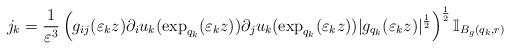
LaTeX: \begin{align*}j_{k}=\frac{1}{\varepsilon^{3}}\left(g_{ij}(\varepsilon_{k}z)\partial_{i}u_{k}(\exp_{q_{k}}(\varepsilon_{k}z))\partial_{j}u_{k}(\exp_{q_{k}}(\varepsilon_{k}z))|g_{q_{k}}(\varepsilon_{k}z)|^{\frac{1}{2}}\right)^{\frac{1}{2}}\mathbb{I}_{B_{g}(q_{k},r)}\end{align*}